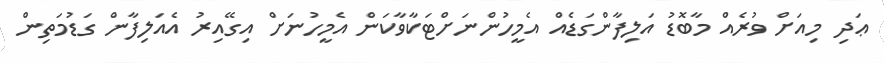
ޢަދި މިއަށް ވުރެއް މާބޮޑު އަލިފާންގަޑެއް އެމީހުންނަށްޓަކާވާކަން އެމީހުނަށް އިގޭއިރު އެއަލިފާން ގަޑުމަތިން